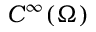
C ^ { \infty } ( \Omega )